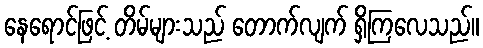
နေရောင်ဖြင့် တိမ်များသည် တောက်လျက် ရှိကြလေသည်။